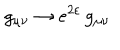
g _ { \mu \nu } \to e ^ { 2 \varepsilon } \, g _ { \mu \nu }